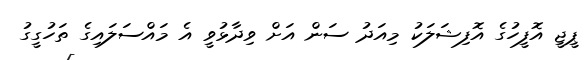
ޕީޖީ އޮފީހުގެ އޮފިޝަލަކު މިއަދު ސަން އަށް ވިދާޅުވީ އެ މައްސަލައިގެ ތަހުގީގު